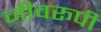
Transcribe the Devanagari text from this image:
जीवरूपी